Vaccination report Assam 1874-1896 - 1874-1896
Year: 1874
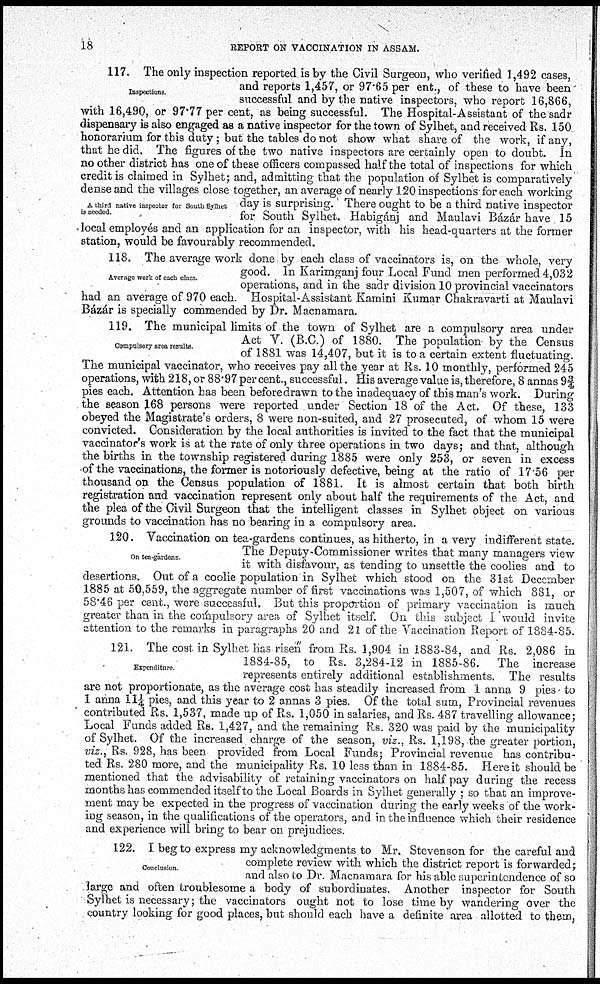
18
REPORT ON VACCINATION IN ASSAM.
Inspections.
A third native inspector for South Sylhet
is needed.
117. The only inspection reported is by the Civil Surgeon, who verified 1,492 cases,
and reports 1,457, or 97.65 per ent., of these to have been
successful and by the native inspectors, who report 16,866,
with 16,490, or 97.77 per cent, as being successful. The Hospital-Assistant of the sadr
dispensary is also engaged as a native inspector for the town of Sylhet, and received Rs. 150
honorarium for this duty; but the tables do not show what share of the work, if any,
that he did. The figures of the two native inspectors are certainly open to doubt. In
no other district has one of these officers compassed half the total of inspections for which
credit is claimed in Sylhet; and, admitting that the population of Sylhet is comparatively
dense and the villages close together, an average of nearly 120 inspections for each working
day is surprising. There ought to be a third native inspector
for South Sylhet. Habigánj and Maulavi Bázár have 15
local employes and an application for an inspector, with his head-quarters at the former
station, would be favourably recommended.
Average work of each class.
118. The average work done by each class of vaccinators is, on the whole, very
good. In Karimganj four Local Fund men performed 4,032
operations, and in the sadr division 10 provincial vaccinators
had an average of 970 each. Hospital-Assistant Kamini Kumar Chakravarti at Maulavi
Bázár is specially commended by Dr. Macnamara.
Compulsory area results.
119. The municipal limits of the town of Sylhet are a compulsory area under
Act V. (B.C.) of 1880. The population- by the Census
of 1881 was 14,407, but it is to a certain extent fluctuating.
The municipal vaccinator, who receives pay all the year at Rs. 10 monthly, performed 245
operations, with 218, or 88.97 per cent., successful. His average value is, therefore, 8 annas 9 ¾
pies each. Attention has been before drawn to the inadequacy of this man's work. During
the season 168 persons were reported under Section 18 of the Act. Of these, 133
obeyed the Magistrate's orders, 8 were non-suited, and 27 prosecuted, of whom 15 were
convicted. Consideration by the local authorities is invited to the fact that the municipal
vaccinator's work is at the rate of only three operations in two days; and that, although
the births in the township registered during 1885 were only 253, or seven in excess
of the vaccinations, the former is notoriously defective, being at the ratio of 17.56 per
thousand on the Census population of 1881. It is almost certain that both birth
registration and vaccination represent only about half the requirements of the Act, and
the plea of the Civil Surgeon that the intelligent classes in Sylhet object on various
grounds to vaccination has no bearing in a compulsory area.
On tea-gardens.
120. Vaccination on tea-gardens continues, as hitherto, in a very indifferent state.
The Deputy-Commissioner writes that many managers view
it with disfavour, as tending to unsettle the coolies and to
desertions. Out of a coolie population in Sylhet which stood on the 31st December
1885 at 50,559, the aggregate number of first vaccinations was 1,507, of which 881, or
58.46 per cent., were successful. But this proportion of primary vaccination is much
greater than in the compulsory area of Sylhet itself. On this subject I would invite
attention to the remarks in paragraphs 20 and 21 of the Vaccination Report of 1884-85.
Expenditure.
121. The cost in Sylhet has risen from Rs. 1,904 in 1883-84, and Rs. 2,086 in
1884-85, to Rs. 3,284-12 in 1885-86. The increase
represents entirely additional establishments. The results
are not proportionate, as the average cost has steadily increased from 1 anna 9 pies to
1 anna 11¼ pies, and this year to 2 annas 3 pies. Of the total sum, Provincial revenues
contributed Rs. 1,537, made up of Rs. 1,050 in salaries, and Rs. 487 travelling allowance;
Local Funds added Rs. 1,427, and the remaining Rs. 320 was paid by the municipality
of Sylhet. Of the increased charge of the season, viz., Rs. 1,198, the greater portion,
viz., Rs. 928, has been provided from Local Funds; Provincial revenue has contribu-
ted Rs. 280 more, and the municipality Rs. 10 less than in 1884-85. Here it should be
mentioned that the advisability of retaining vaccinators on half pay during the recess
months has commended itself to the Local Boards in Sylhet generally ; so that an improve-
ment may be expected in the progress of vaccination during the early weeks of the work-
ing season, in the qualifications of the operators, and in the influence which their residence
and experience will bring to bear on prejudices.
Conclusion.
122. I beg to express my acknowledgments to Mr. Stevenson for the careful and
complete review with which the district report is forwarded;
and also to Dr. Macnamara for his able superintendence of so
large and often troublesome a body of subordinates. Another inspector for South
Sylhet is necessary; the vaccinators ought not to lose time by wandering over the
country looking for good places, but should each have a definite area allotted to them,